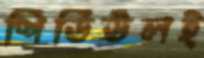
শিডিউলই